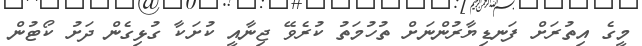
މީގެ އިތުރަށް ފަނޑިޔާރުންނަށް ތުހުމަތު ކުރެވޭ ޖިނާއީ ކުށަކާ ގުޅިގެން ދަށު ކޯޓުން